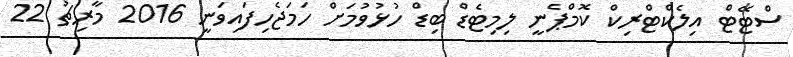
ސްޓޭޓް އިލެކްޓްރިކް ކޮމްޕެނީ ލިމިޓެޑް ބިޑް ހުޅުވުމަށް ހަމަޖެހިފައިވަނީ 2016 މާރިޗު 22